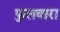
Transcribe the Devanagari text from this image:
फुलवारा